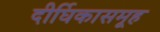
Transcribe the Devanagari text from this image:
दीर्घिकासमूह